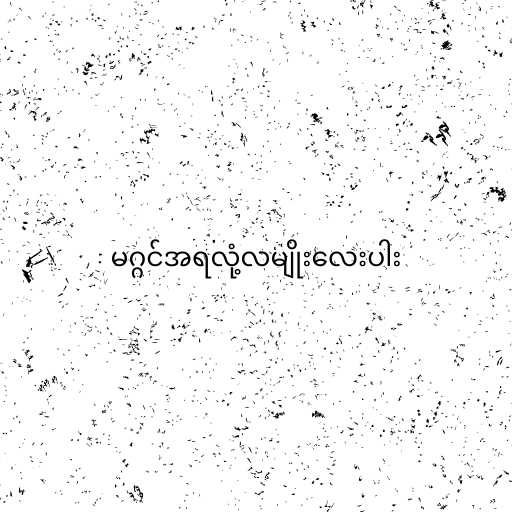
မဂ္ဂင်အရလုံ့လမျိုးလေးပါး